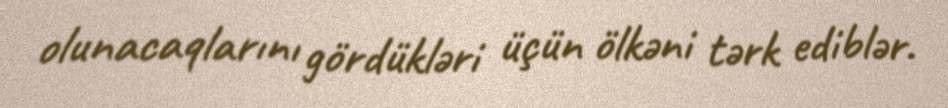
olunacaqlarını gördükləri üçün ölkəni tərk ediblər.